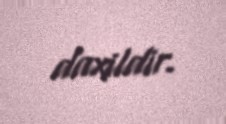
daxildir.